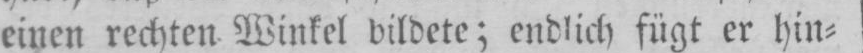
einen rechten Winkel bildete; endlich fügt er hin⸗